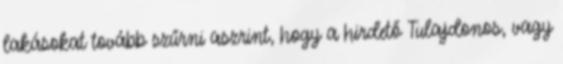
lakásokat tovább szűrni aszrint, hogy a hirdető Tulajdonos, vagy